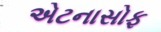
એટનાસોફ